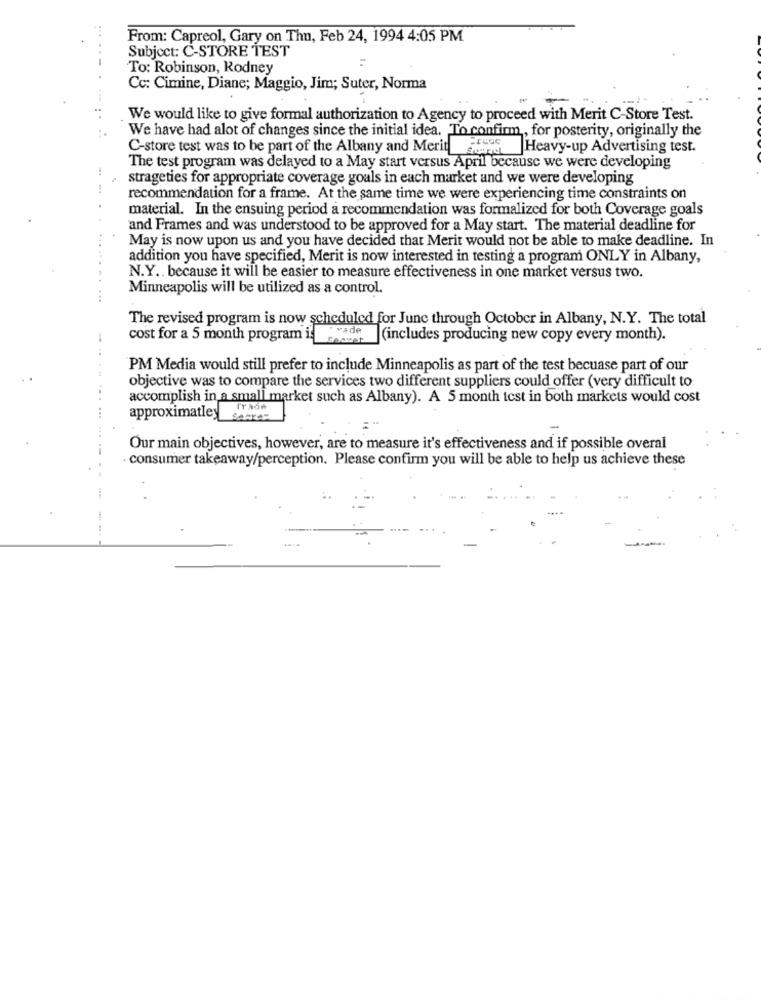
From: Capreol, Gary on Thu, Feb 24, 1994 4:05 PM
Subject: C-STORE TEST
To: Robinson, Rodney
Cc: Cimine, Diane; Maggio, Jim; Suter, Norma
..
We would like to give formal authorization to Agency to proceed with Merit C-Store Test.
We have had alot of changes since the initial idea. To confirm, for posterity, originally the
C-store test was to be part of the Albany and Merid Esas
Heavy-up Advertising test.
The test program was delayed to a May start versus April because we were developing
strageties for appropriate coverage goals in each market and we were developing
recommendation for a frame. At the same time we were experiencing time constraints on
material. In the ensuing period a recommendation was formalized for both Coverage goals
and Frames and was understood to be approved for a May start. The material deadline for
May is now upon us and you have decided that Merit would not be able to make deadline. In
addition you have specified, Merit is now interested in testing a program ONLY in Albany,
N.Y .. because it will be easier to measure effectiveness in one market versus two.
Minneapolis will be utilized as a control.
. ......... ...
The revised program is now scheduled for June through October in Albany, N.Y. The total
vade
cost for a 5 month program is set
(includes producing new copy every month).
....
PM Media would still prefer to include Minneapolis as part of the test becuase part of our
objective was to compare the services two different suppliers could offer (very difficult to
accomplish in a small market such as Albany). A 5 month test in both markets would cost
Trade
approximatley
Our main objectives, however, are to measure it's effectiveness and if possible overal
· consumer takeaway/perception. Please confirm you will be able to help us achieve these